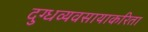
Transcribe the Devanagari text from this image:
दुग्धव्यवसायाकरिता